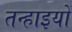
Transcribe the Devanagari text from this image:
तन्हाइयों